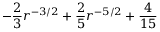
- \frac { 2 } { 3 } r ^ { - 3 / 2 } + \frac { 2 } { 5 } r ^ { - 5 / 2 } + \frac { 4 } { 1 5 }